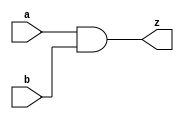
`timescale 1ns / 1ps
//////////////////////////////////////////////////////////////////////////////////
// Company: 
// Engineer: 
// 
// Design Name: 	 HeHe XD
// Module Name:    and_module 
// Project Name: 
// Target Devices: 
// Tool versions: 
// Description: 
//
// Dependencies: 
//
// Revision: 
// Revision 0.01 - File Created
// Additional Comments: 
//
//////////////////////////////////////////////////////////////////////////////////
module and_module(input a,input b,output z);

assign z=a&b;

endmodule